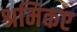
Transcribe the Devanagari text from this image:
श्रमिकए